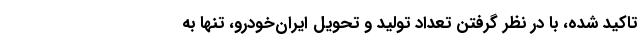
تاکید شده، با در نظر گرفتن تعداد تولید و تحویل ایران‌خودرو، تنها به